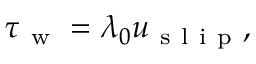
\tau _ { \mathrm { ~ w ~ } } = \lambda _ { 0 } u _ { \mathrm { ~ s ~ l ~ i ~ p ~ } } ,